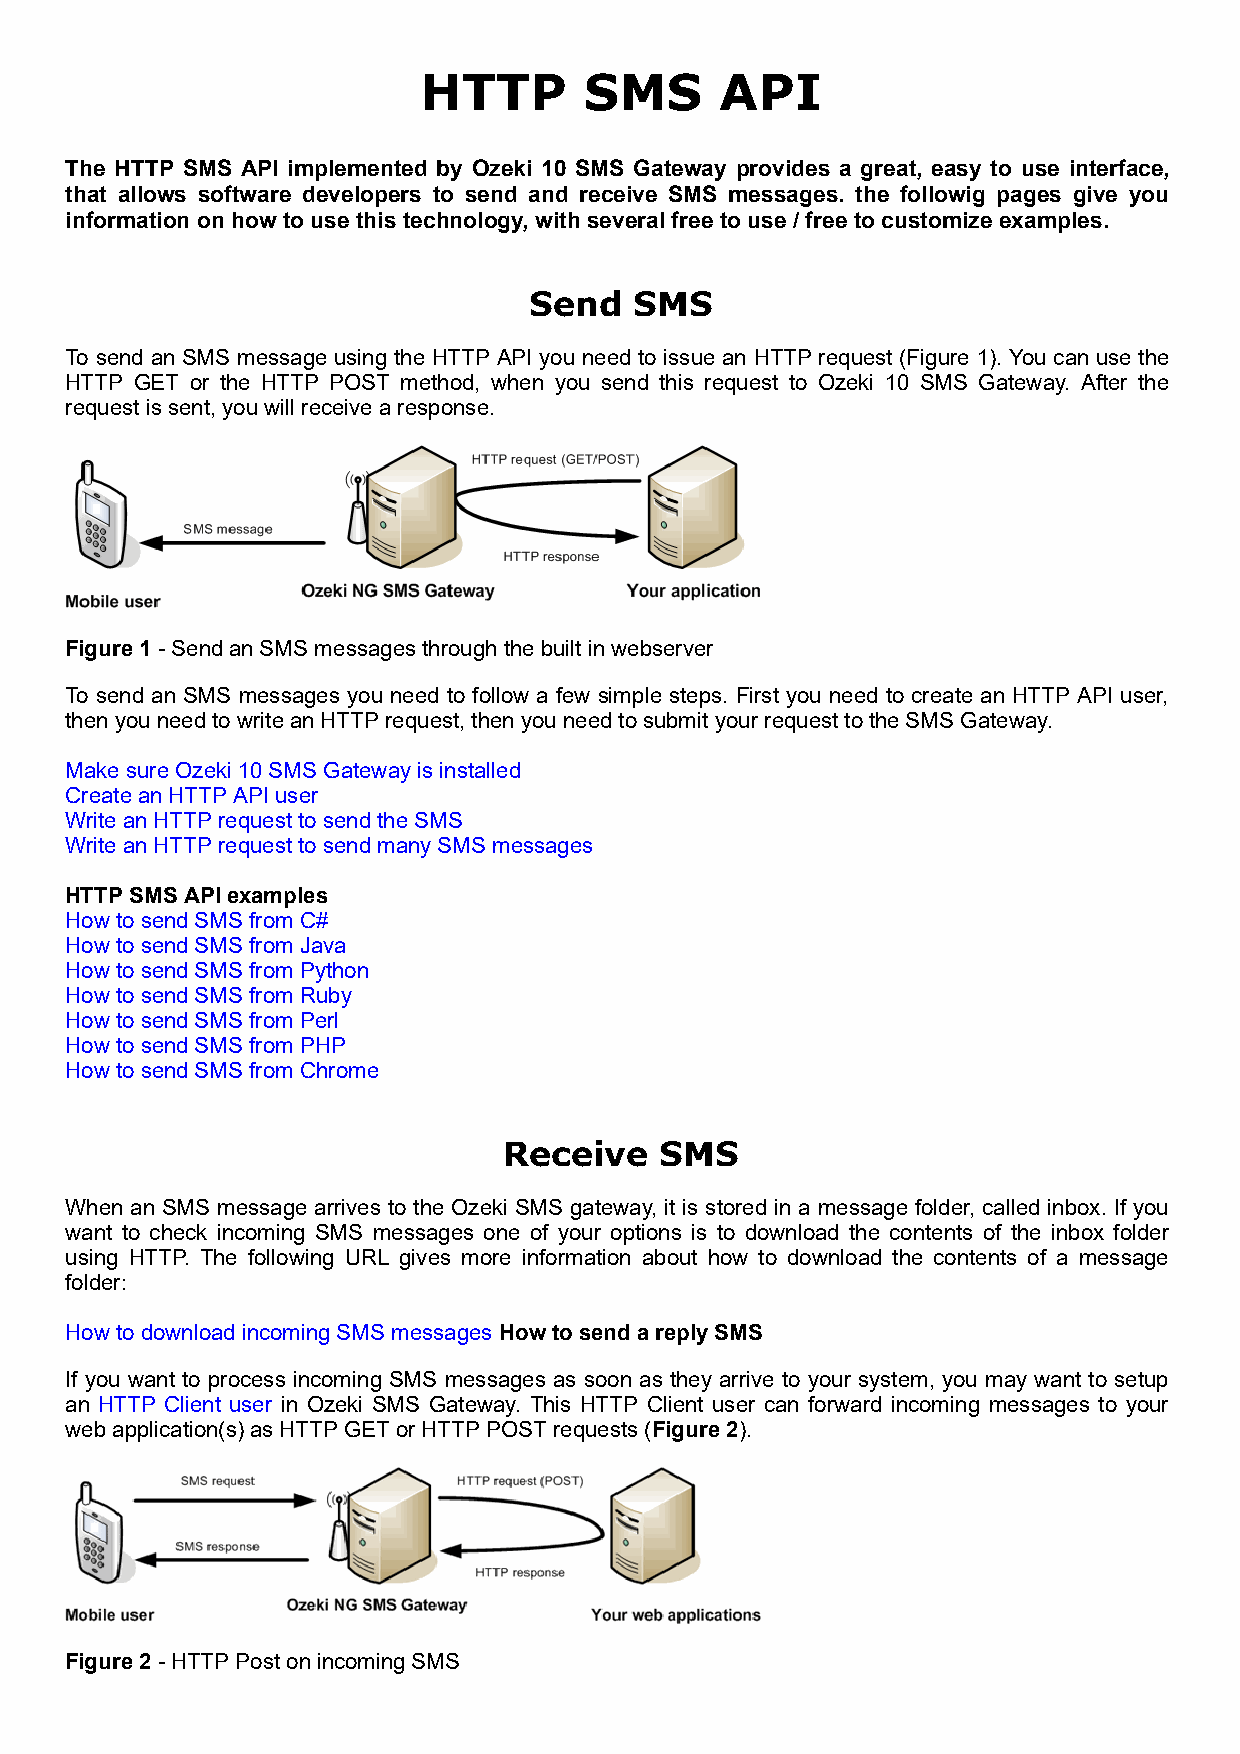
HTTP       SMS      API
 The HTTP SMS API implemented by Ozeki 10 SMS Gateway provides a great, easy to use interface,
 that allows software developers to send and receive SMS messages. the followig pages give you
 information on how to use this technology, with several free to use / free to customize examples.
 Send   SMS
 To send an SMS message using the HTTP API you need to issue an HTTP request (Figure 1). You can use the
 HTTP GET or the HTTP POST method, when you send this request to Ozeki 10 SMS Gateway. After the
 request is sent, you will receive a response.
 Figure 1 - Send an SMS messages through the built in webserver
 To send an SMS messages you need to follow a few simple steps. First you need to create an HTTP API user,
 then you need to write an HTTP request, then you need to submit your request to the SMS Gateway.
 Make sure Ozeki 10 SMS Gateway is installed
 Create an HTTP API user
 Write an HTTP request to send the SMS
 Write an HTTP request to send many SMS messages
 HTTP SMS API examples
 How to send SMS from C#
 How to send SMS from Java
 How to send SMS from Python
 How to send SMS from Ruby
 How to send SMS from Perl
 How to send SMS from PHP
 How to send SMS from Chrome
 Receive    SMS
 When an SMS message arrives to the Ozeki SMS gateway, it is stored in a message folder, called inbox. If you
 want to check incoming SMS messages one of your options is to download the contents of the inbox folder
 using HTTP. The following URL gives more information about how to download the contents of a message
 folder:
 How to download incoming SMS messages How to send a reply SMS
 If you want to process incoming SMS messages as soon as they arrive to your system, you may want to setup
 an HTTP Client user in Ozeki SMS Gateway. This HTTP Client user can forward incoming messages to your
 web application(s) as HTTP GET or HTTP POST requests (Figure 2).
 Figure 2 - HTTP Post on incoming SMS